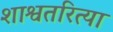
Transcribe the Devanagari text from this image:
शाश्वतरित्या